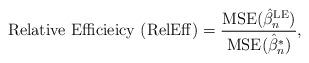
LaTeX: \begin{align*}\mbox{Relative Efficieicy (RelEff)} = \frac{\mbox{MSE}(\hat{\beta}_n^{\textrm{LE}})}{\mbox{MSE}(\hat{\beta}_n^{*})},\end{align*}